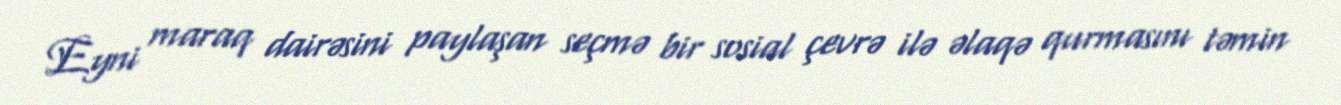
Eyni maraq dairəsini paylaşan seçmə bir sosial çevrə ilə əlaqə qurmasını təmin